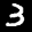
Digit: 3